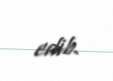
edib.